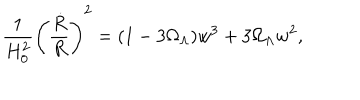
\frac { 1 } { H _ { 0 } ^ { 2 } } \left( \frac { \dot { R } } { R } \right) ^ { 2 } = ( 1 - 3 { \Omega } _ { \Lambda } ) w ^ { 3 } + 3 { \Omega } _ { \Lambda } w ^ { 2 } ,